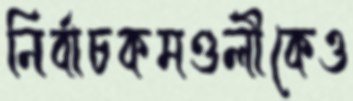
নির্বাচকমণ্ডলীকেও